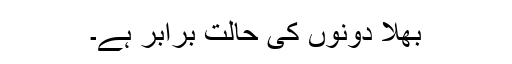
بھلا دونوں کی حالت برابر ہے۔